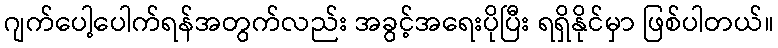
ဂျက်ပေါ့ပေါက်ရန်အတွက်လည်း အခွင့်အရေးပိုပြီး ရရှိနိုင်မှာ ဖြစ်ပါတယ်။